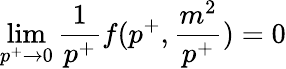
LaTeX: \operatorname*{lim}_{p^{+}\to 0}{\frac{1}{p^{+}}}f(p^{+},{\frac{m^{2}}{p^{+}}})=0